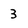
Character: 3